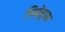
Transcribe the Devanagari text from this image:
पियेड्रास